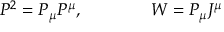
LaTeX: P ^ { 2 } = P _ { \mu } P ^ { \mu } , \qquad \qquad W = P _ { \mu } J ^ { \mu }